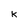
Character: k